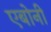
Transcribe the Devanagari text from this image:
एबोनी